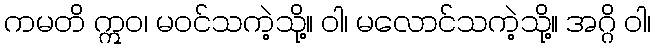
ကမတိ ဣဝ၊ မဝင်သကဲ့သို့။ ဝါ၊ မလောင်သကဲ့သို့။ အဂ္ဂိ ဝါ၊